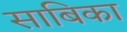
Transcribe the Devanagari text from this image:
साबिका